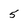
Character: 5